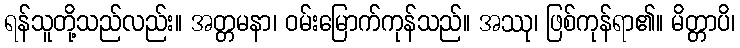
ရန်သူတို့သည်လည်း။ အတ္တမနာ၊ ဝမ်းမြောက်ကုန်သည်။ အဿု၊ ဖြစ်ကုန်ရာ၏။ မိတ္တာပိ၊